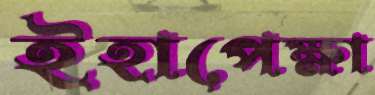
ইহাপেক্ষা